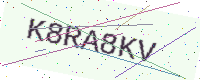
Text: K8RA8KV